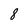
Character: 8